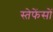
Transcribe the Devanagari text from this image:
स्तेफेंसों